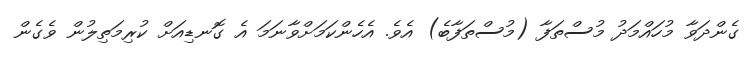
ގެންދަވާ މުހައްމަދު މުސްތަފާ (މުސްތަފާބެ) އެވެ. އެހެންކަމަށްވާނަމަ އެ ގޮނޑިއަށް ކުރިމަތިލުން ވެގެން